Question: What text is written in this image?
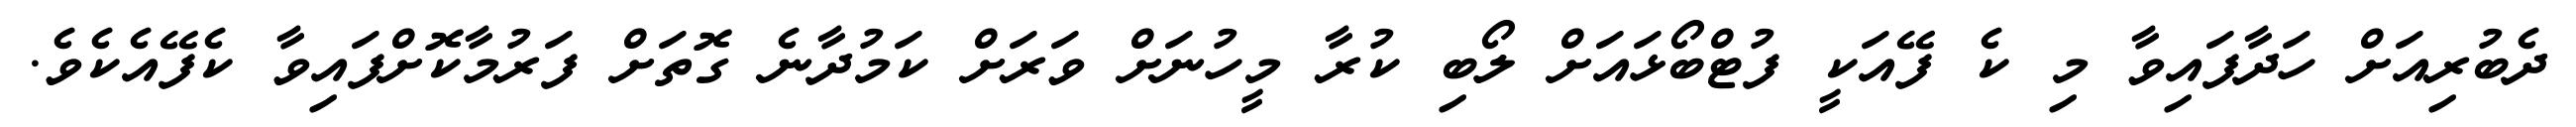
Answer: ދެބުރިއަށް ހަދާފައިވާ މި ކެ ފޭއަކީ ފުޓްބޯޅައަށް ލޯބި ކުރާ މީހުނަށް ވަރަށް ކަމުދާނެ ގޮތަށް ފަރުމާކޮށްފައިވާ ކެފޭއެކެވެ.